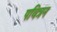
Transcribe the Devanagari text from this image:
पवित्रन